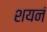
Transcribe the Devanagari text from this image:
शयनं